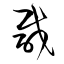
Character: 咸